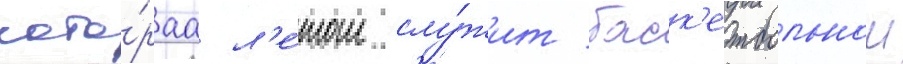
кото́раа л'е́том слу́жит баск'етбольнои